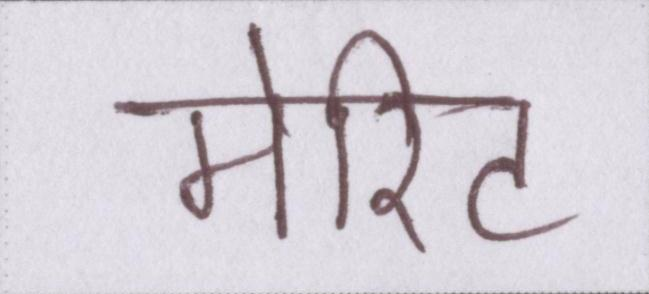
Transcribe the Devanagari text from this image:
मेरिट